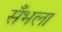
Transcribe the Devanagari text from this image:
सँभला